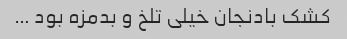
کشک بادنجان خیلی تلخ و بدمزه بود …